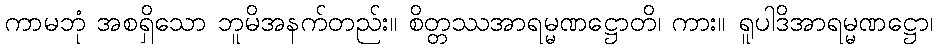
ကာမဘုံ အစရှိသော ဘူမိအနက်တည်း။ စိတ္တဿအာရမ္မဏဋ္ဌောတိ၊ ကား။ ရူပါဒိအာရမ္မဏဋ္ဌော၊